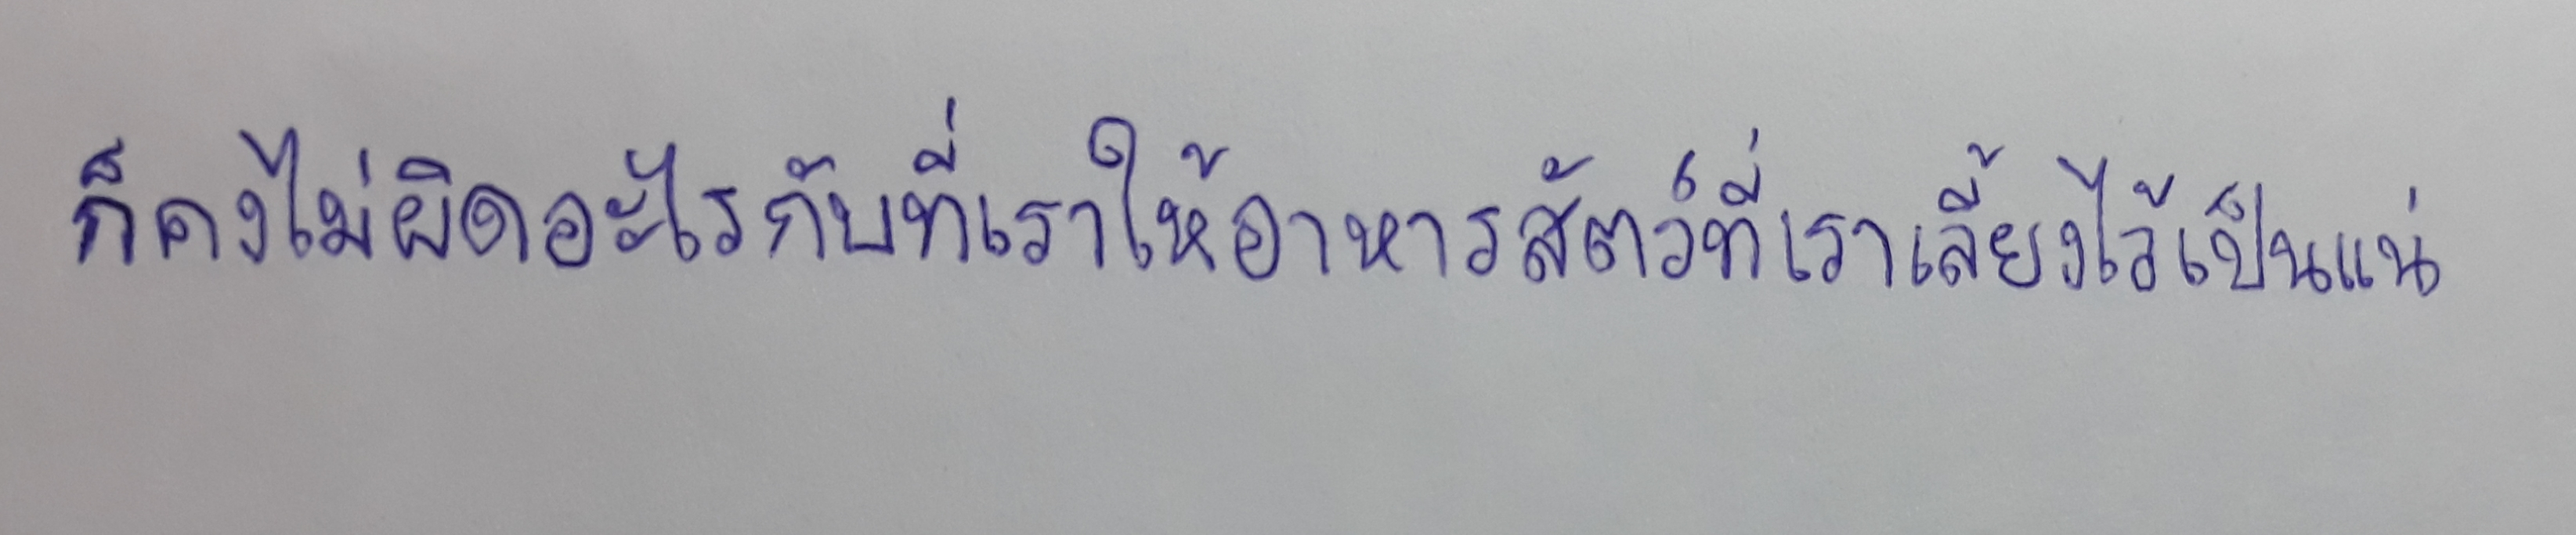
ก็คงไม่ผิดอะไรกับที่เราให้อาหารสัตว์ที่เราเลี้ยงไว้เป็นแน่